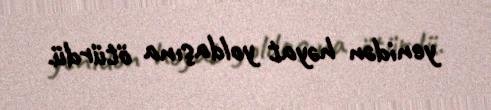
yenidən həyat yoldaşına ötürdü.